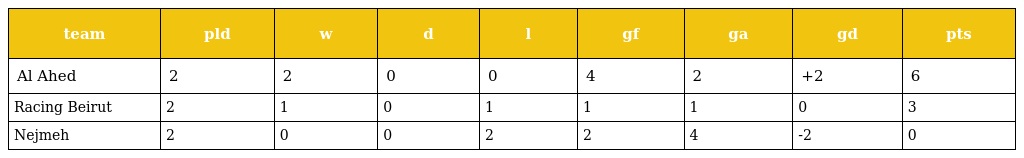
| team | pld | w | d | l | gf | ga | gd | pts |
 | --- | --- | --- | --- | --- | --- | --- | --- | --- |
 | Al Ahed | 2 | 2 | 0 | 0 | 4 | 2 | +2 | 6 |
 | Racing Beirut | 2 | 1 | 0 | 1 | 1 | 1 | 0 | 3 |
 | Nejmeh | 2 | 0 | 0 | 2 | 2 | 4 | -2 | 0 |